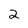
Character: 2